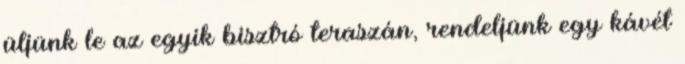
üljünk le az egyik bisztró teraszán, rendeljünk egy kávét